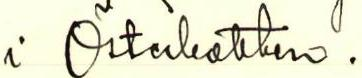
i Österbotten.